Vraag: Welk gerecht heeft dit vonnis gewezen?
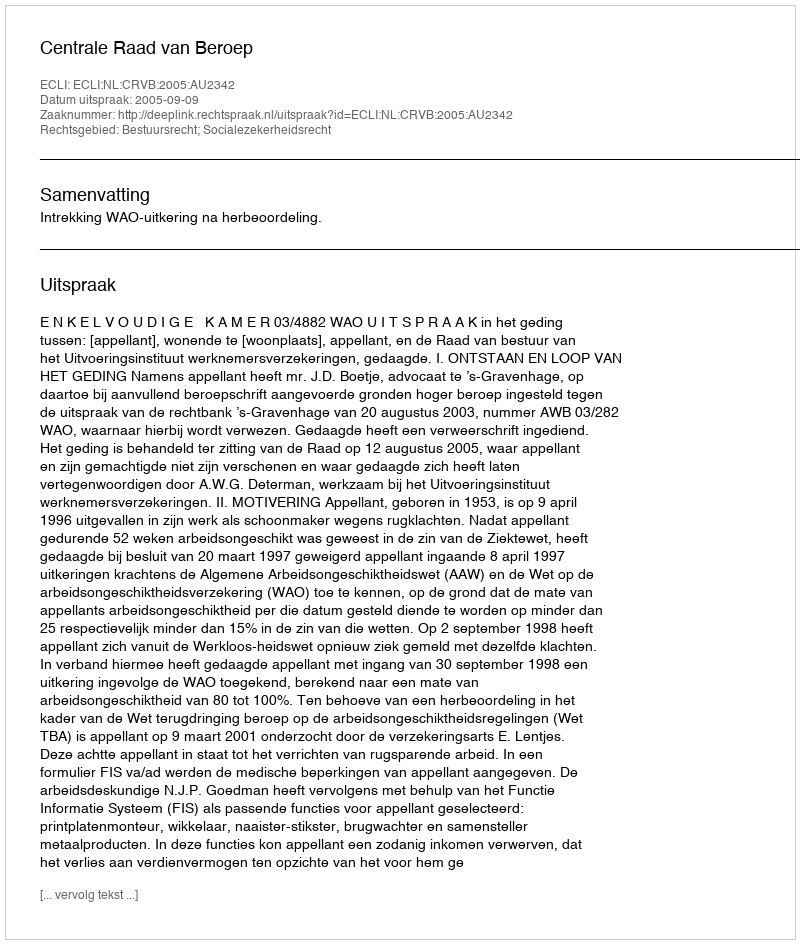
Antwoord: Centrale Raad van Beroep